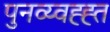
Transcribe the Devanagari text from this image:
पुनव्य्वह्ह्त